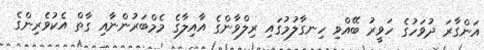
އަންގާރަ ދުވަހުގެ ހަވީރު ބޭއްވި ހިނގާލުމުގައި ރިލްވާންގެ އާއިލާގެ މެމްބަރުންނާއި ގާތް އެކުވެރިންގެ